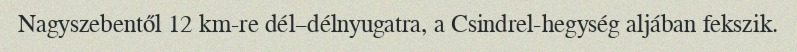
Nagyszebentől 12 km-re dél–délnyugatra, a Csindrel-hegység aljában fekszik.